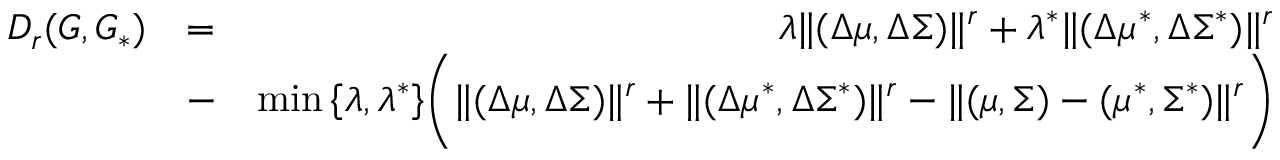
\begin{array} { r l r } { D _ { r } ( G , G _ { * } ) } & { = } & { \lambda \| ( \Delta \mu , \Delta \Sigma ) \| ^ { r } + \lambda ^ { * } \| ( \Delta \mu ^ { * } , \Delta \Sigma ^ { * } ) \| ^ { r } } \\ & { - } & { \operatorname* { m i n } \left\{ \lambda , \lambda ^ { * } \right\} \biggr ( \| ( \Delta \mu , \Delta \Sigma ) \| ^ { r } + \| ( \Delta \mu ^ { * } , \Delta \Sigma ^ { * } ) \| ^ { r } - \| ( \mu , \Sigma ) - ( \mu ^ { * } , \Sigma ^ { * } ) \| ^ { r } \biggr ) } \end{array}